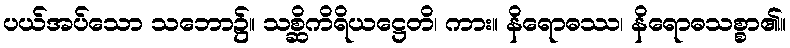
ပယ်အပ်သော သဘော၌။ သစ္ဆိကိရိယဋ္ဌေတိ၊ ကား။ နိရောဓဿ၊ နိရောဓသစ္စာ၏။